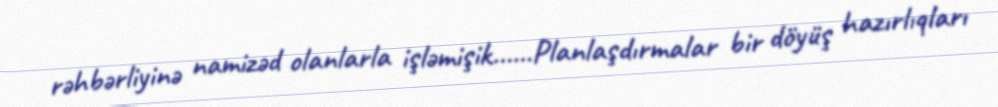
rəhbərliyinə namizəd olanlarla işləmişik……Planlaşdırmalar bir döyüş hazırlıqları